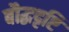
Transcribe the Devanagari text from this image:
बौद्धदृष्टि